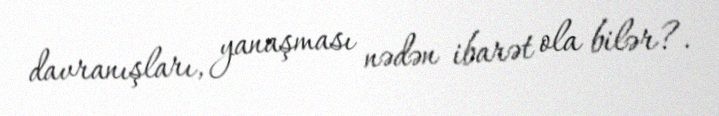
davranışları, yanaşması nədən ibarət ola bilər?.